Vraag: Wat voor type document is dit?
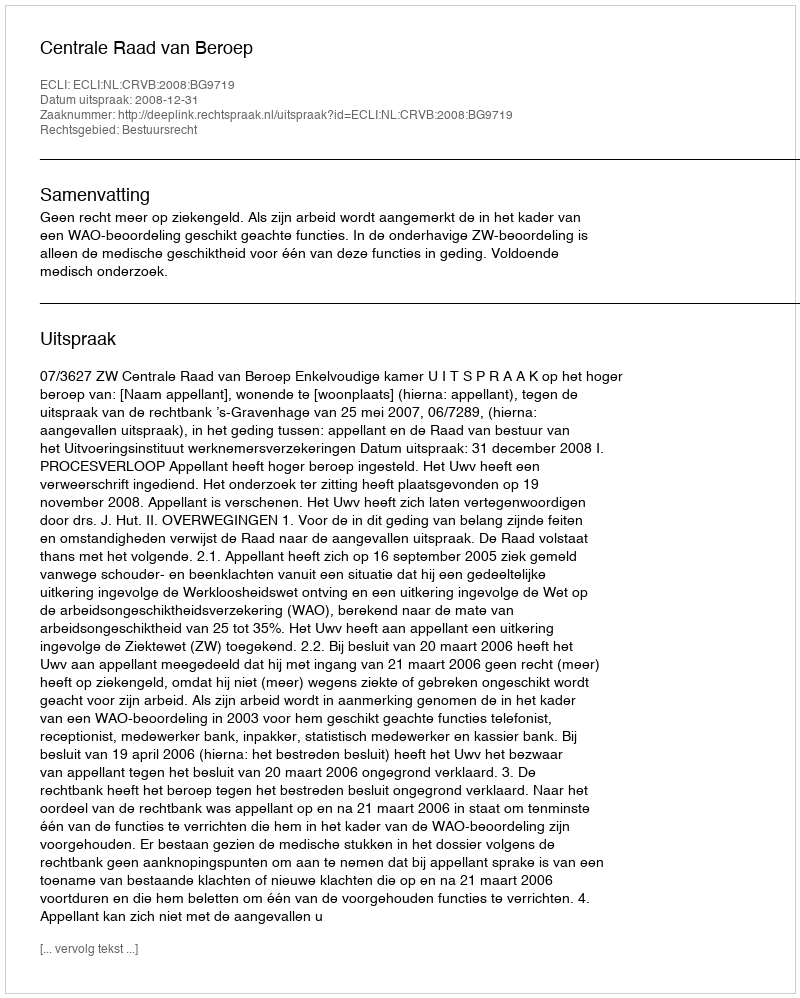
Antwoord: Uitspraak